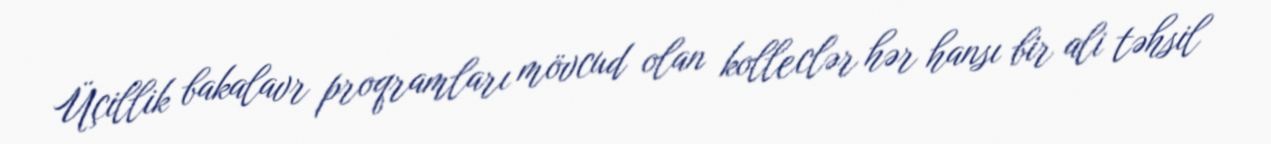
Üçillik bakalavr proqramları mövcud olan kolleclər hər hansı bir ali təhsil